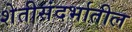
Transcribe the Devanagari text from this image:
शेतीसंदर्भातील